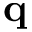
\mathbf { q }